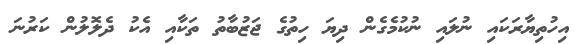
އިހުތިޔާރަކައި ނުލައި ނުކުމެގެން ދިޔަ ހިތުގެ ޖަޒުބާތު ތަކާއި އެކު ދެލޮލުން ކަރުނަ